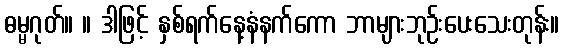
ဓမ္မဂုတ်။ ။ ဒါဖြင့် နှစ်ရက်နေ့နံနက်ကော ဘာများဘုဉ်းပေးသေးတုန်း။